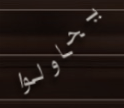
يحاولوا